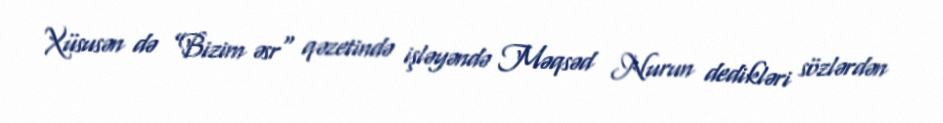
Xüsusən də ”Bizim əsr" qəzetində işləyəndə Məqsəd Nurun dedikləri sözlərdən